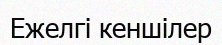
Ежелгі кеншілер